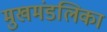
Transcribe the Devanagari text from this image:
मुखमंडलिका